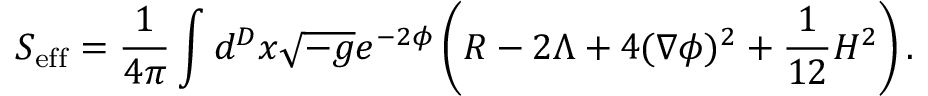
S _ { \mathrm { e f f } } = \frac { 1 } { 4 \pi } \int d ^ { D } x \sqrt { - g } e ^ { - 2 \phi } \left( R - 2 \Lambda + 4 ( \nabla \phi ) ^ { 2 } + \frac { 1 } { 1 2 } H ^ { 2 } \right) .